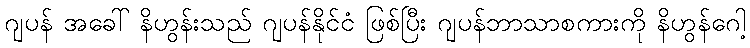
ဂျပန် အခေါ် နိဟွန်းသည် ဂျပန်နိုင်ငံ ဖြစ်ပြီး ဂျပန်ဘာသာစကားကို နိဟွန်ဂေါ့